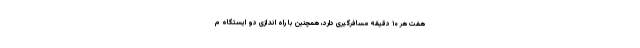
هفت هر ۱۰ دقیقه مسافرگیری دارد، همچنین با راه اندازی دو ایستگاه م